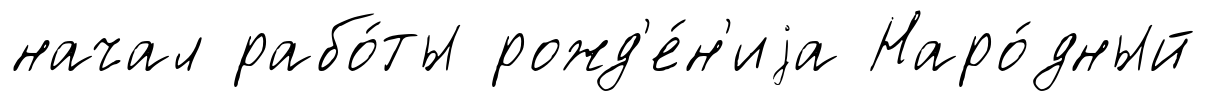
начал рабо́ты рожд'е́н'иjа Наро́дный